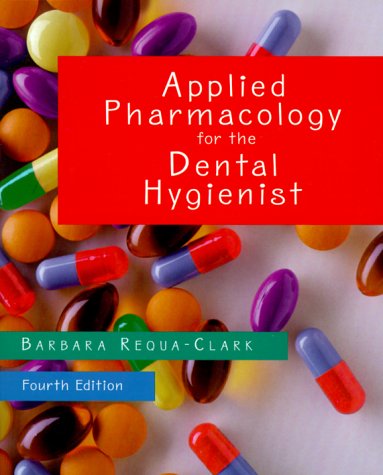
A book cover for Applied Pharmacology for the Dental Hygienist, 4e; Barbara Requa-Clark PharmD; Medical Books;